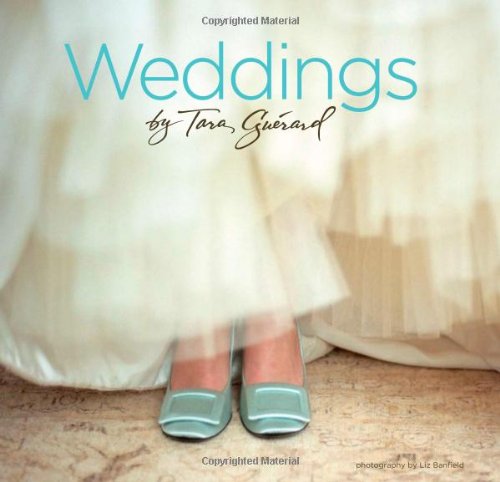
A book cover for Weddings by Tara GuÃ©rard; Tara Guerard; Crafts, Hobbies & Home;